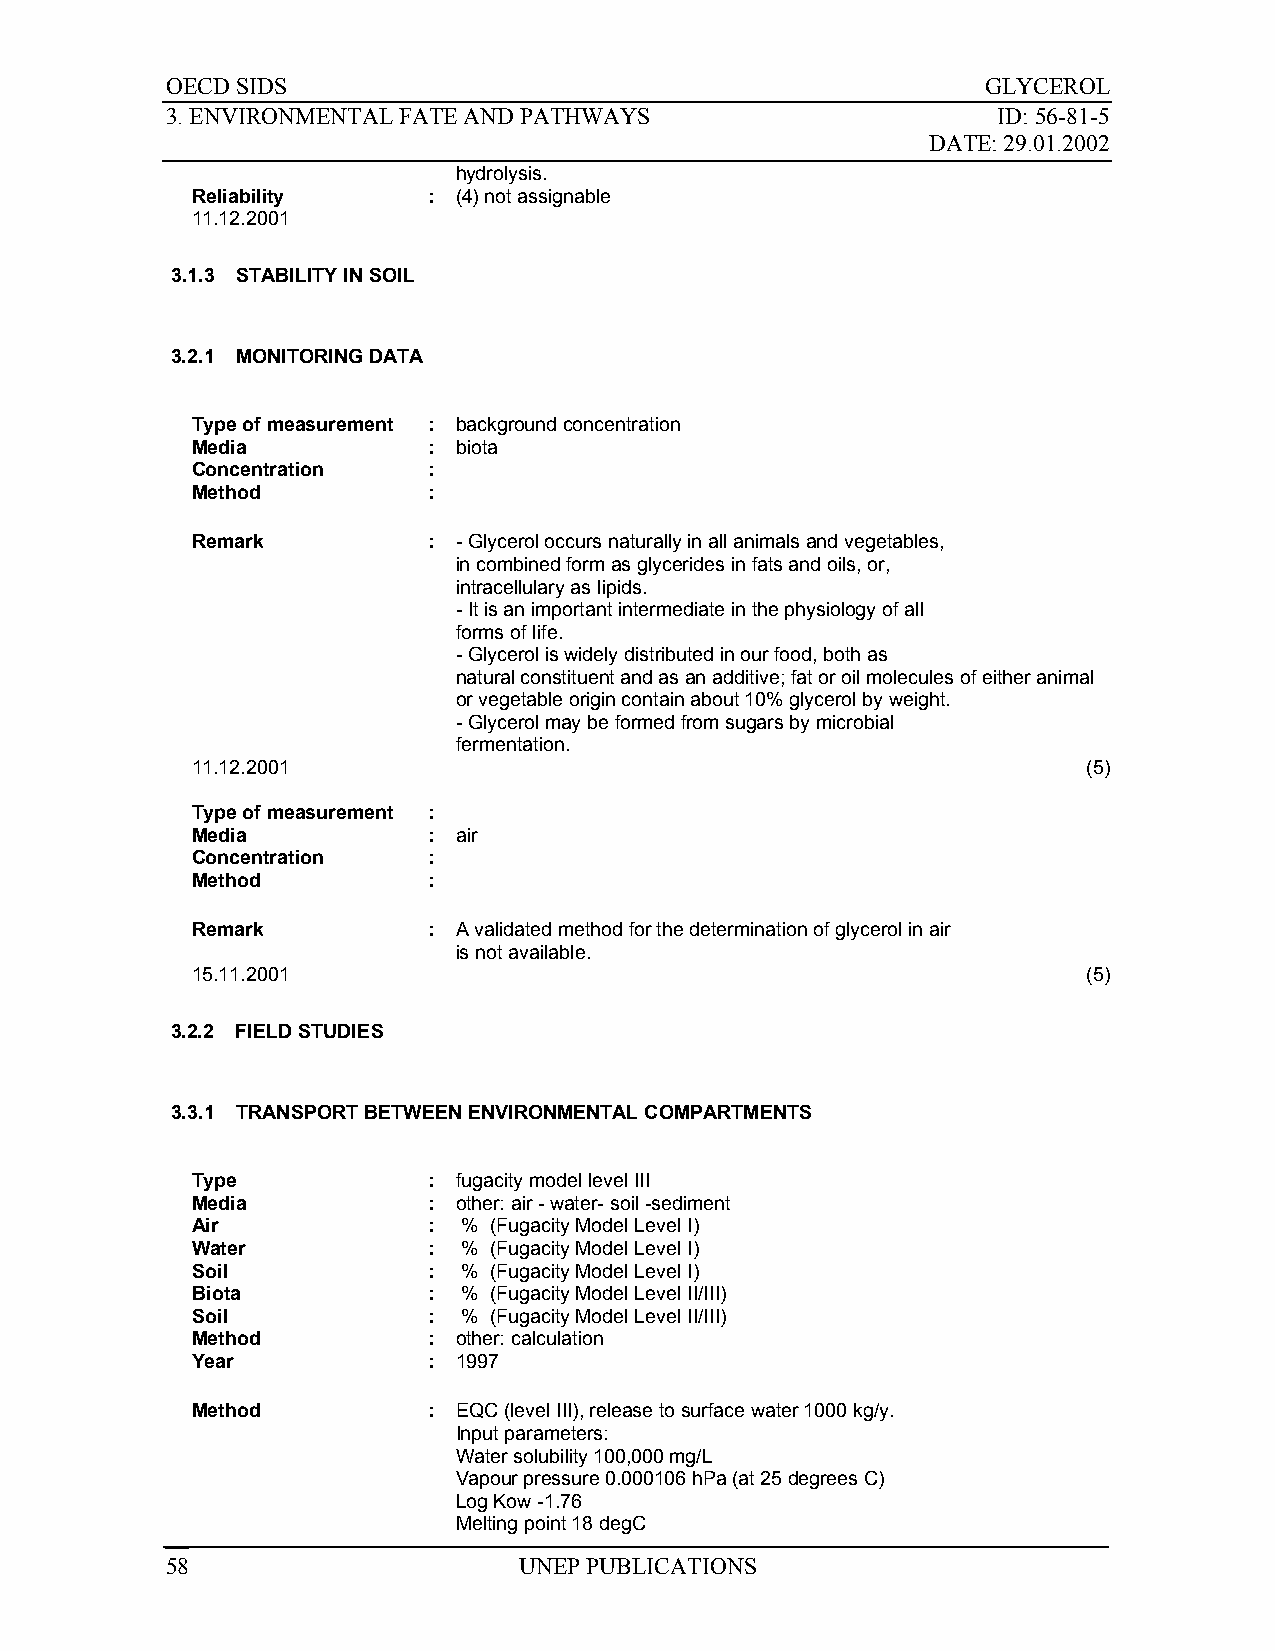
OECD SIDS                                             GLYCEROL
 3. ENVIRONMENTAL FATE AND PATHWAYS                     ID: 56-81-5
 DATE: 29.01.2002
 hydrolysis.
 Reliability    : (4) not assignable
 11.12.2001
 3.1.3 STABILITY IN SOIL
 3.2.1 MONITORING DATA
 Type of measurement : background concentration
 Media          : biota
 Concentration  :
 Method         :
 Remark         : - Glycerol occurs naturally in all animals and vegetables,
 in combined form as glycerides in fats and oils, or,
 intracellulary as lipids.
 - It is an important intermediate in the physiology of all
 forms of life.
 - Glycerol is widely distributed in our food, both as
 natural constituent and as an additive; fat or oil molecules of either animal
 or vegetable origin contain about 10% glycerol by weight.
 - Glycerol may be formed from sugars by microbial
 fermentation.
 11.12.2001                                                 (5)
 Type of measurement :
 Media          : air
 Concentration  :
 Method         :
 Remark         : A validated method for the determination of glycerol in air
 is not available.
 15.11.2001                                                 (5)
 3.2.2 FIELD STUDIES
 3.3.1 TRANSPORT BETWEEN ENVIRONMENTAL COMPARTMENTS
 Type           : fugacity model level III
 Media          : other: air - water- soil -sediment
 Air            :  % (Fugacity Model Level I)
 Water          :  % (Fugacity Model Level I)
 Soil           :  % (Fugacity Model Level I)
 Biota          :  % (Fugacity Model Level II/III)
 Soil           :  % (Fugacity Model Level II/III)
 Method         : other: calculation
 Year           : 1997
 Method         : EQC (level III), release to surface water 1000 kg/y.
 Input parameters:
 Water solubility 100,000 mg/L
 Vapour pressure 0.000106 hPa (at 25 degrees C)
 Log Kow -1.76
 Melting point 18 degC
 58                     UNEP PUBLICATIONS